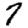
Digit: 7